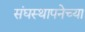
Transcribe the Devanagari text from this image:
संघस्थापनेच्या